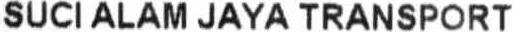
SUCI ALAM JAYA TRANSPORT